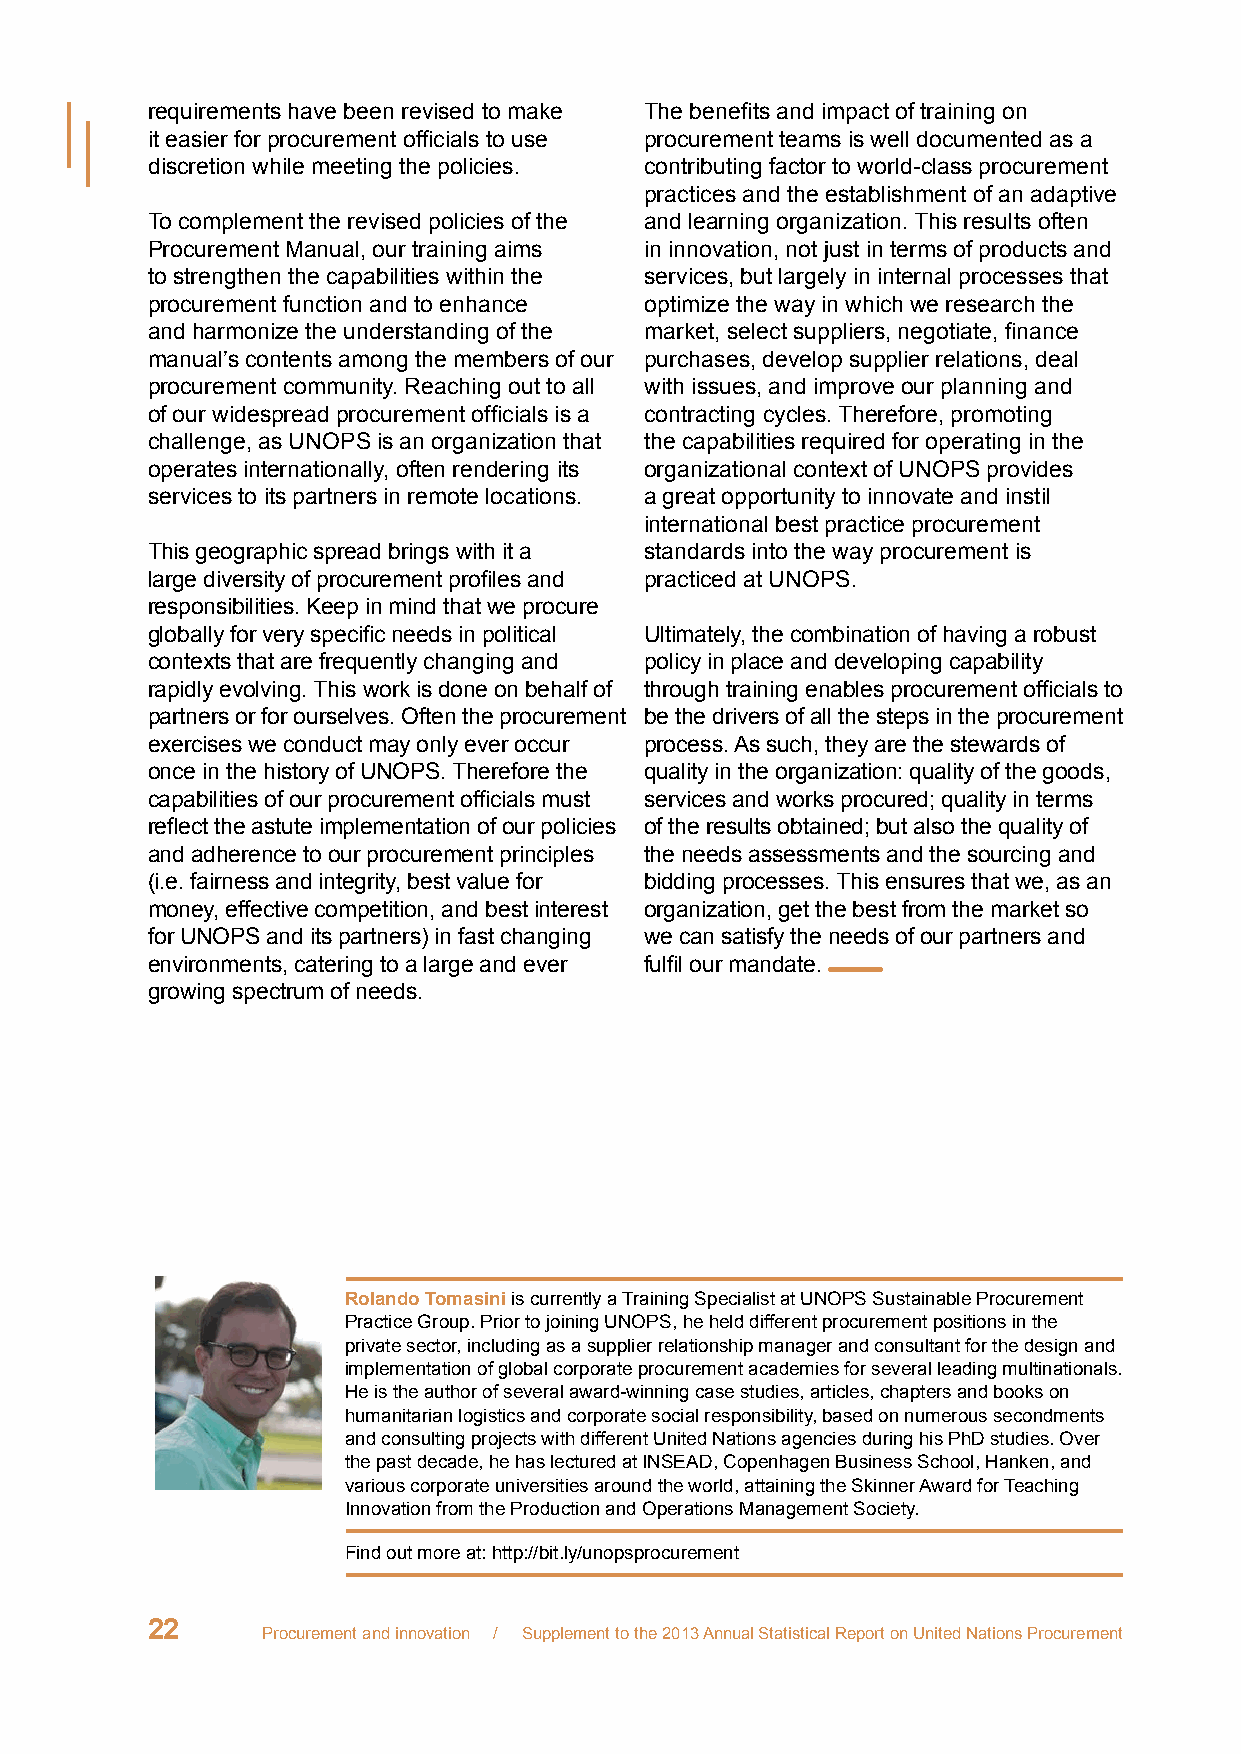
requirements have been revised to make The benefits and impact of training on
 it easier for procurement officials to use procurement teams is well documented as a
 discretion while meeting the policies. contributing factor to world-class procurement
 practices and the establishment of an adaptive
 To complement the revised policies of the and learning organization. This results often
 Procurement Manual, our training aims in innovation, not just in terms of products and
 to strengthen the capabilities within the services, but largely in internal processes that
 procurement function and to enhance optimize the way in which we research the
 and harmonize the understanding of the market, select suppliers, negotiate, finance
 manual’s contents among the members of our purchases, develop supplier relations, deal
 procurement community. Reaching out to all with issues, and improve our planning and
 of our widespread procurement officials is a contracting cycles. Therefore, promoting
 challenge, as UNOPS is an organization that the capabilities required for operating in the
 operates internationally, often rendering its organizational context of UNOPS provides
 services to its partners in remote locations. a great opportunity to innovate and instil
 international best practice procurement
 This geographic spread brings with it a standards into the way procurement is
 large diversity of procurement profiles and practiced at UNOPS.
 responsibilities. Keep in mind that we procure
 globally for very specific needs in political Ultimately, the combination of having a robust
 contexts that are frequently changing and policy in place and developing capability
 rapidly evolving. This work is done on behalf of through training enables procurement officials to
 partners or for ourselves. Often the procurement be the drivers of all the steps in the procurement
 exercises we conduct may only ever occur process. As such, they are the stewards of
 once in the history of UNOPS. Therefore the quality in the organization: quality of the goods,
 capabilities of our procurement officials must services and works procured; quality in terms
 reflect the astute implementation of our policies of the results obtained; but also the quality of
 and adherence to our procurement principles the needs assessments and the sourcing and
 (i.e. fairness and integrity, best value for bidding processes. This ensures that we, as an
 money, effective competition, and best interest organization, get the best from the market so
 for UNOPS and its partners) in fast changing we can satisfy the needs of our partners and
 environments, catering to a large and ever fulfil our mandate.
 growing spectrum of needs.
 Rolando Tomasini is currently a Training Specialist at UNOPS Sustainable Procurement
 Practice Group. Prior to joining UNOPS, he held different procurement positions in the
 private sector, including as a supplier relationship manager and consultant for the design and
 implementation of global corporate procurement academies for several leading multinationals.
 He is the author of several award-winning case studies, articles, chapters and books on
 humanitarian logistics and corporate social responsibility, based on numerous secondments
 and consulting projects with different United Nations agencies during his PhD studies. Over
 the past decade, he has lectured at INSEAD, Copenhagen Business School, Hanken, and
 various corporate universities around the world, attaining the Skinner Award for Teaching
 Innovation from the Production and Operations Management Society.
 Find out more at: http://bit.ly/unopsprocurement
 22
 Procurement and innovation / Supplement to the 2013 Annual Statistical Report on United Nations Procurement